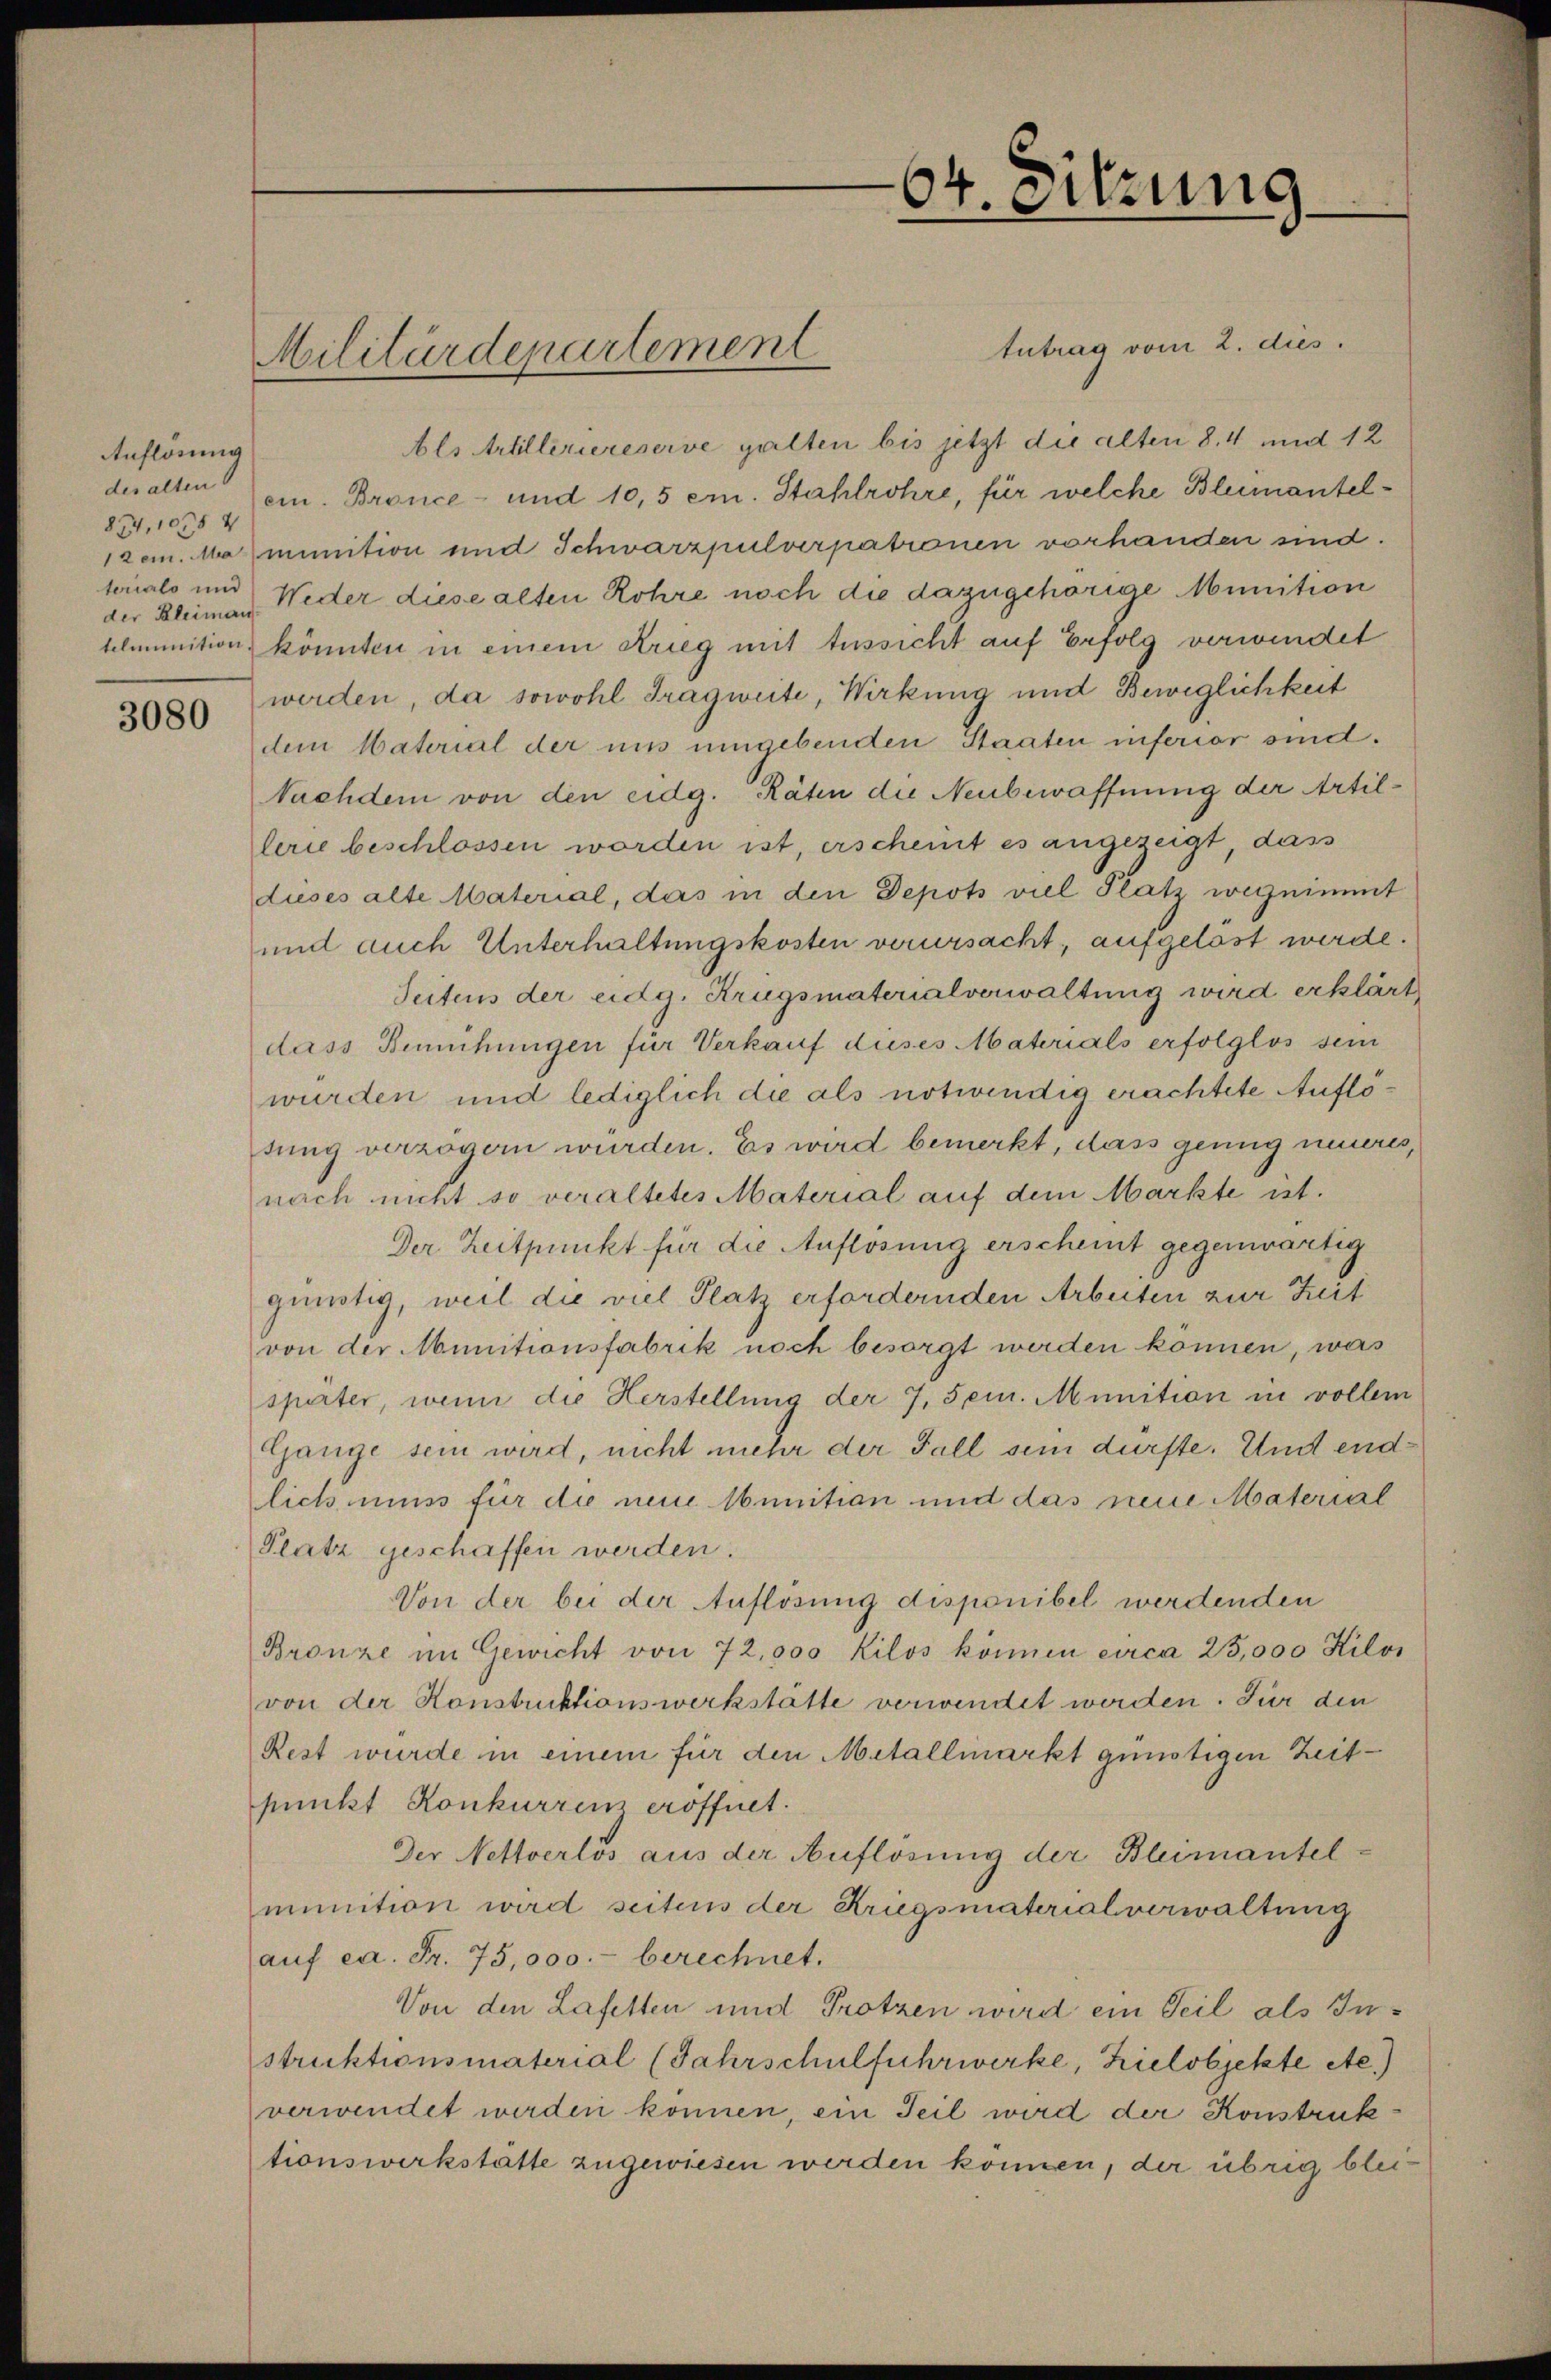
Auflösung
des alten
874. 1035 4
der Kleiman

3080

tutrag vom 2. dies
Als Artilleriereserve galten bis jetzt die alten 8. 4 und 12
ein. Bronce- und 10,5 em. Stahlrohre, für welche Blumantel¬
1dem. Mamunition und Schwarzpulverpationen vorhanden sind.
tonals und Weder diese alten Rohre noch die dazugehörige Munition
telmunition könnten in einem Krieg mit Aussicht auf Erfolg verwindet
werden, da sowohl Tragweite, Wirkung und Beweglichkeit
dem Material der uns umgebenden Staaten inferior sind.
Nachdem von den eidg. Räten die Neubewaffnung der Artillerie beschlossen worden ist, erscheint es angezeigt, dass
dieses alte Material, das in den Depots viel Platz wegnimmt
und auch Unterhaltungskosten verursacht, aufgelöst werde.
Seitens der eidg. Krugsmaterialverwaltung wird erklärt
dass Bemühungen für Verkauf dieses Materials erfolglos sein
wurden und lediglich die als notwendig erachtete Auflösung verzögern würden. Es wird bemerkt, dass genug unures,
nach nicht so veraltetes Material auf dem Markte ist.
Der Zeitpunkt für die Auflösung erscheint gegenwärtig
günstig, weil die viel Platz erfordernden Arbeiten zur Zeit
von der Munitionsfabrik noch besorgt werden können, was
sparter, wenn die Herstellung der 7, 5 cm. Munition in vollem
Gange sein wird, nicht mehr der Fall sei dürfte. Und endlich muss für die neue unitian und das neue Material
Platz geschaffen werden.
Von der bei der Auflösung disponibel werdenden
Bronze im Gewicht von 72,000 Kilos können circa 25,000 Kilos
von der Konstruktionswerkstätte verwendet werden. Für den
Rest würde in einem für den Metallmarkt günstigen Zeitpunkt Konkurren eröffnet.
Der Nettverlös aus der Auflösung der Bleimantelmunition wird seitens der Kriegsmaterialverwaltung
auf ca. Fr. 75,000.- berechnet.
Von den Lafetten und Trotzen wird ein Teil als Instruktionsmaterial (Jahrschulfuhrwerke, Kielobjekte etc.)
verwendet werden können, ein Teil wird der Konstruktionswerkstätte zugewiesen werden können, der übrig blei¬

Militärdepartement

64. Sitzung